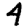
Digit: 4